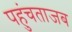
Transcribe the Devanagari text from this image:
पहुंचताजब